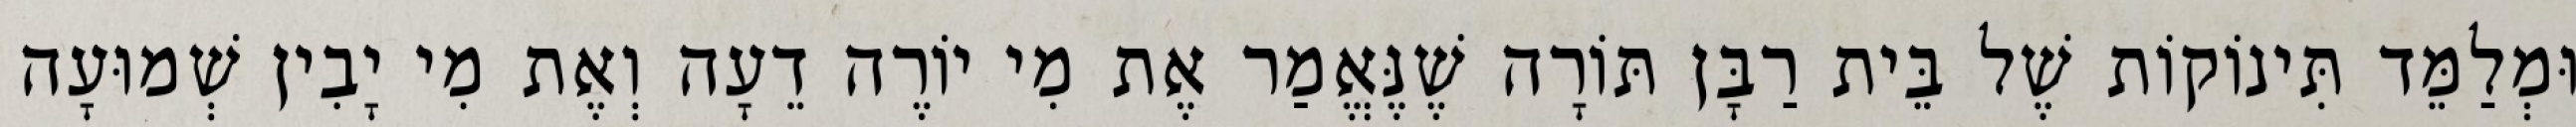
וּמְלַמֵּד תִּינוֹקוֹת שֶׁל בֵּית רַבָּן תּוֹרָה שֶׁנֶּאֱמַר אֶת מִי יוֹרֶה דֵעָה וְאֶת מִי יָבִין שְׁמוּעָה